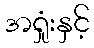
အရှုံးနှင့်